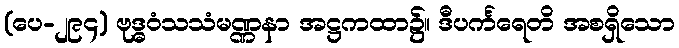
(ပေ-၂၉၄) ဗုဒ္ဓဝံသသံမဏ္ဏနာ အဋ္ဌကထာ၌။ ဒီပင်္ကရေတိ အစရှိသော